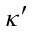
\kappa ^ { \prime }